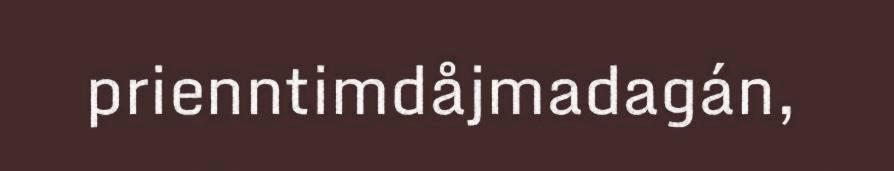
prienntimdåjmadagán,